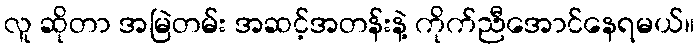
လူ ဆိုတာ အမြဲတမ်း အဆင့်အတန်းနဲ့ ကိုက်ညီအောင်နေရမယ်။